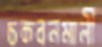
চকবনমালী